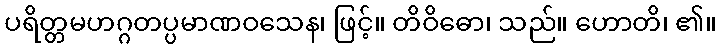
ပရိတ္တမဟဂ္ဂတပ္ပမာဏဝသေန၊ ဖြင့်။ တိဝိဓော၊ သည်။ ဟောတိ၊ ၏။